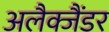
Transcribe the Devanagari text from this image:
अलैक्जैंडर